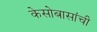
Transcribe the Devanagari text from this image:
केसोबासांची